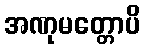
အဏုမတ္တောပိ